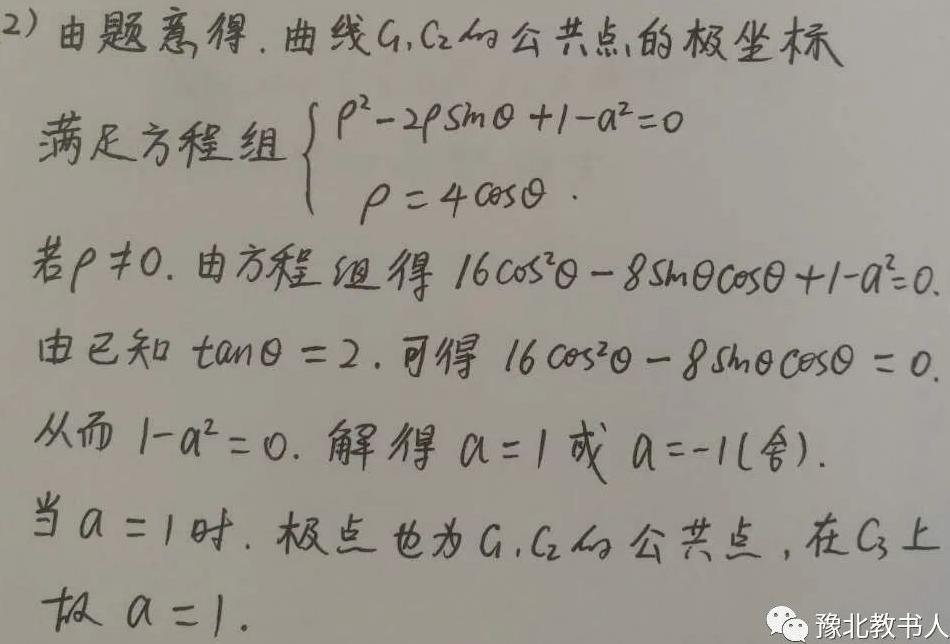
2) 由题意得，曲线$C_1,C_2$的公共点的极坐标
满足方程组$\begin{cases}
\rho^{2}-2\rho\sin\theta + 1 - a^{2}=0\\
\rho = 4\cos\theta
\end{cases}$
若$\rho\neq0$，由方程组得$16\cos^{2}\theta - 8\sin\theta\cos\theta + 1 - a^{2}=0$.
由已知$\tan\theta = 2$，可得$16\cos^{2}\theta - 8\sin\theta\cos\theta = 0$.
从而$1 - a^{2}=0$，解得$a = 1$或$a = -1$(舍).
当$a = 1$时，极点也为$C_1,C_2$的公共点，在$C_3$上
故$a = 1$.